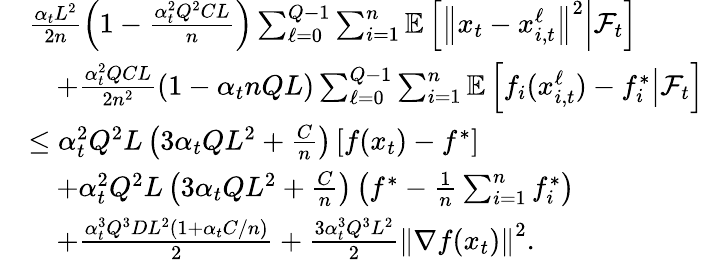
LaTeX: \begin{array}{rl}&{\frac{\alpha_{t}L^{2}}{2n}\left(1-\frac{\alpha_{t}^{2}Q^{2}CL}{n}\right)\sum_{\ell=0}^{Q-1}\sum_{i=1}^{n}\mathbb{E}\left[\left\Vert x_{t}-x_{i,t}^{\ell}\right\Vert^{2}\middle|\mathcal{F}_{t}\right]}\\ &{\quad+\frac{\alpha_{t}^{2}QCL}{2n^{2}}\left(1-\alpha_{t}nQL\right)\sum_{\ell=0}^{Q-1}\sum_{i=1}^{n}\mathbb{E}\left[f_{i}(x_{i,t}^{\ell})-f_{i}^{*}\middle|\mathcal{F}_{t}\right]}\\ &{\leq\alpha_{t}^{2}Q^{2}L\left(3\alpha_{t}QL^{2}+\frac{C}{n}\right)\left[f(x_{t})-f^{*}\right]}\\ &{\quad+\alpha_{t}^{2}Q^{2}L\left(3\alpha_{t}QL^{2}+\frac{C}{n}\right)\left(f^{*}-\frac{1}{n}\sum_{i=1}^{n}f_{i}^{*}\right)}\\ &{\quad+\frac{\alpha_{t}^{3}Q^{3}DL^{2}(1+\alpha_{t}C/n)}{2}+\frac{3\alpha_{t}^{3}Q^{3}L^{2}}{2}\left\Vert\nabla f(x_{t})\right\Vert^{2}.}\end{array}